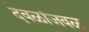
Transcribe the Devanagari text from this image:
देवळांजवळ